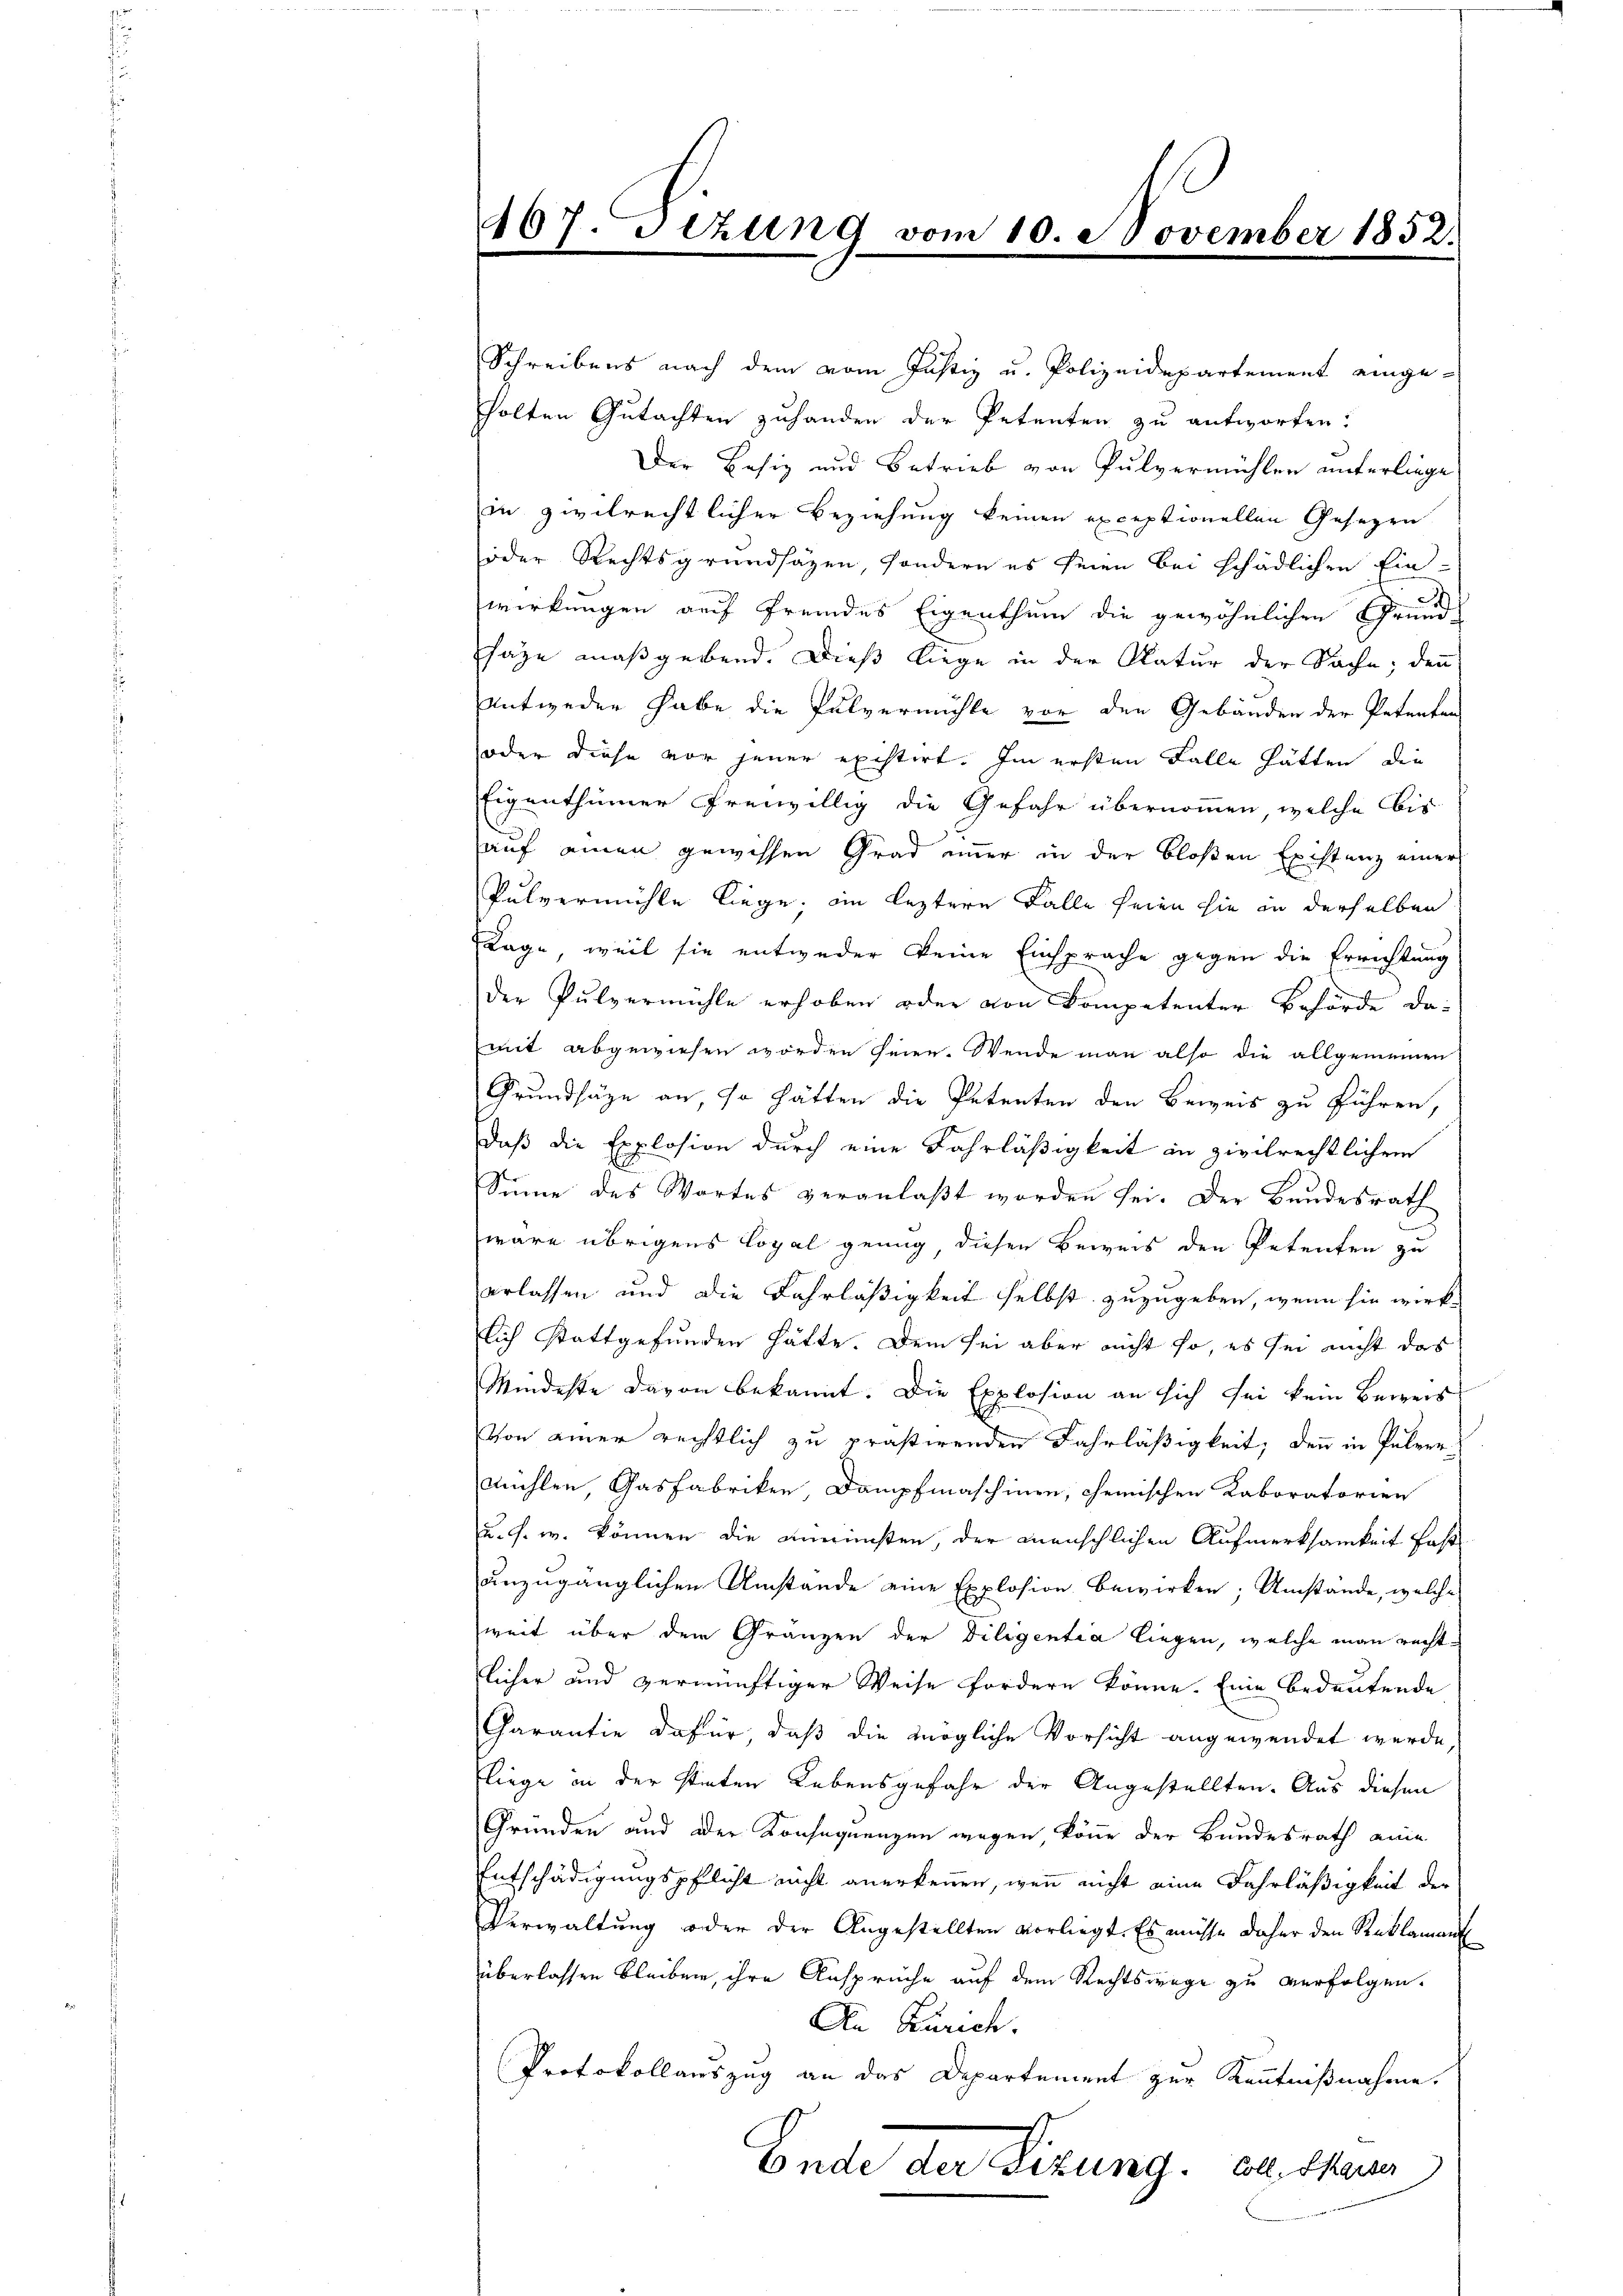
407. Jezung vom 10. November 1852.

Schreibens nach dem vom Justiz u. Polizeidepartement eingeholten Gutachten zuhanden der Petenten zu antworten:
Der Besiz und Betrieb von Pulvermühlen unterliege
in zivilrechtlicher Beziehung keinen exceptionellen Gesetzen
oder Rechtsgrundsäzen, sondern es seien bei schädlichen Ein-
D
wirkungen auf fremdes Eigenthum die gewöhnlichen Grund-
häge maßgebend. Dieß liege in der Natur der Sache; denn
Antweder habe die Pulvermühle vor den Gebäuden der Petenten
oder diese vor jener existirt. Im ersten Falle hätten, die
Eigenthümer freiwillig die Gefahr übernommen, welche bis
auf einen gewissen Grad immer in der bloßen Existenz einer
Pulvermühle liege, im leztere Falle seien sie in derselben
Rage, weil sie entweder keine Einsprache gegen die Errichtung
der Pulvermühle erhoben oder von Kompetenter Behörde da-
mit abgewiesen worden seien. Wende man also die allgemeinen
Grundsäze an, so hätten die Petenten den Beweis zu führen,
daß die Explosion durch eine Fahrläßigkeit in zivilrechtlichem
Sinne des Wortes veranlaßt worden sei. Der Bundesrath
wäre übrigens Lopal genug diesen Beweis den Petenten zu
erlassen und die Fahrläßigkeit selbst zuzugeben, wenn sie wirklich stattgefunden hätte. Dem sei aber nicht so, es sei nicht das
Mindeste davon bekannt. Die Explosion an sich sei kein Beweis
Von einer rechtlich zu prastirenden Fahrläßigkeit, denn in Pulver-
Fühlen, Gasfabriken, Dampfmaschinen, chemischen Kaboratorien
u. s. w. können die annisten, der menschlichen Aufmerksamkeit fast
unzugänglichen Umstände eine Explosion bewirken; Umstände, welche
weit über dem Gränzen der Diligentia liegen, welche man rechtlicher und vernünftiger Weise fordern könne. Eine bedeutende
Garantie dafür, daß die mögliche Vorsicht angewendet werde
Fliege in der stierten Lebensgefahr der Angestellten. Aus diesen
Gründen und der Konsequenzen wegen könne der Bundesrath anne
Entschädigungspflicht nicht anerkennen, wenn nicht eine Fahrläßigkeit der
Verwaltung oder der Angestellten vorliegt. Es müsse daher den Reklamant
überlassen bleiben, ihre Ansprüche auf dem Rechtswege zu verfolgen.
An Zürich.
Protokollauszug an das Departement zur Kenntnißnahme.
Ende der Sizung. Als Mann